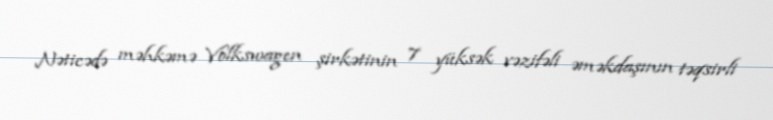
Nəticədə məhkəmə Volkswagen şirkətinin 7 yüksək vəzifəli əməkdaşının təqsirli